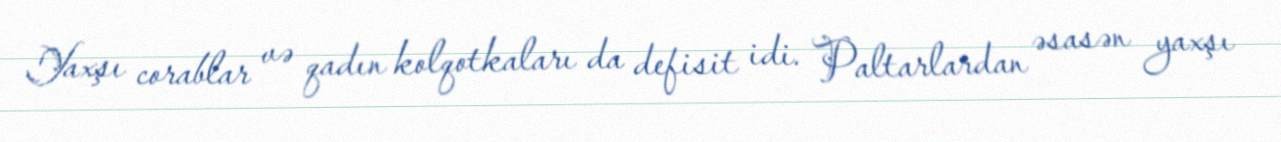
Yaxşı corablar və qadın kolqotkaları da defisit idi. Paltarlardan əsasən yaxşı